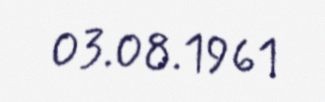
03.08.1961